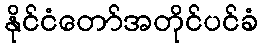
နိုင်ငံတော်အတိုင်ပင်ခံ